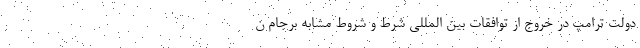
دولت ترامپ در خروج از توافقات بین المللی شرط و شروط مشابه برجام ن